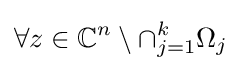
\forall z\in \mathbb {C} ^{n}\setminus \cap _{j=1}^{k}\Omega _{j}